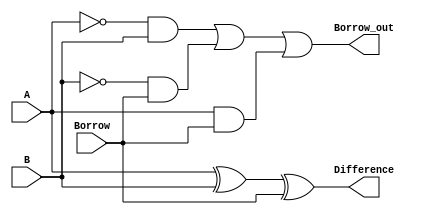
module full_subtractor(
    input A, B, Borrow,
    output Difference, Borrow_out
);

// Combinational logic to calculate the Difference and Borrow out
assign Difference = A ^ B ^ Borrow;
assign Borrow_out = (~A & B) | (~B & Borrow) | (A & Borrow);

endmodule